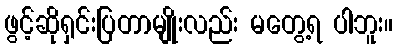
ဖွင့်ဆိုရှင်းပြတာမျိုးလည်း မတွေ့ရ ပါဘူး။